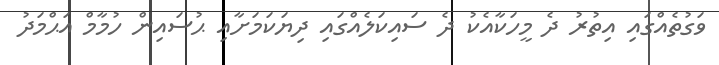
ވަގުތެއްގައި އިތުރު ދެ މީހަކާއެކު ދެ ސައިކަލެއްގައި ދިޔަކަމަށާއި ޙުސައިން ހުމާމް އަޙްމަދު